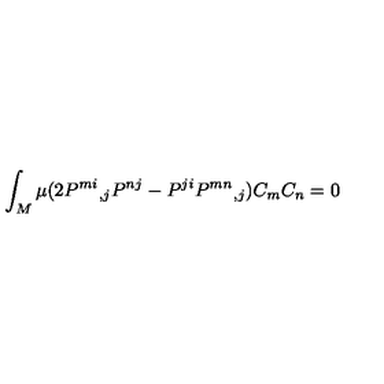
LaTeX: \int _ { M } \mu ( 2 P ^ { m i } { } _ { , j } P ^ { n j } - P ^ { j i } P ^ { m n } { } _ { , j } ) C _ { m } C _ { n } = 0